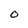
Character: O